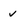
Character: v